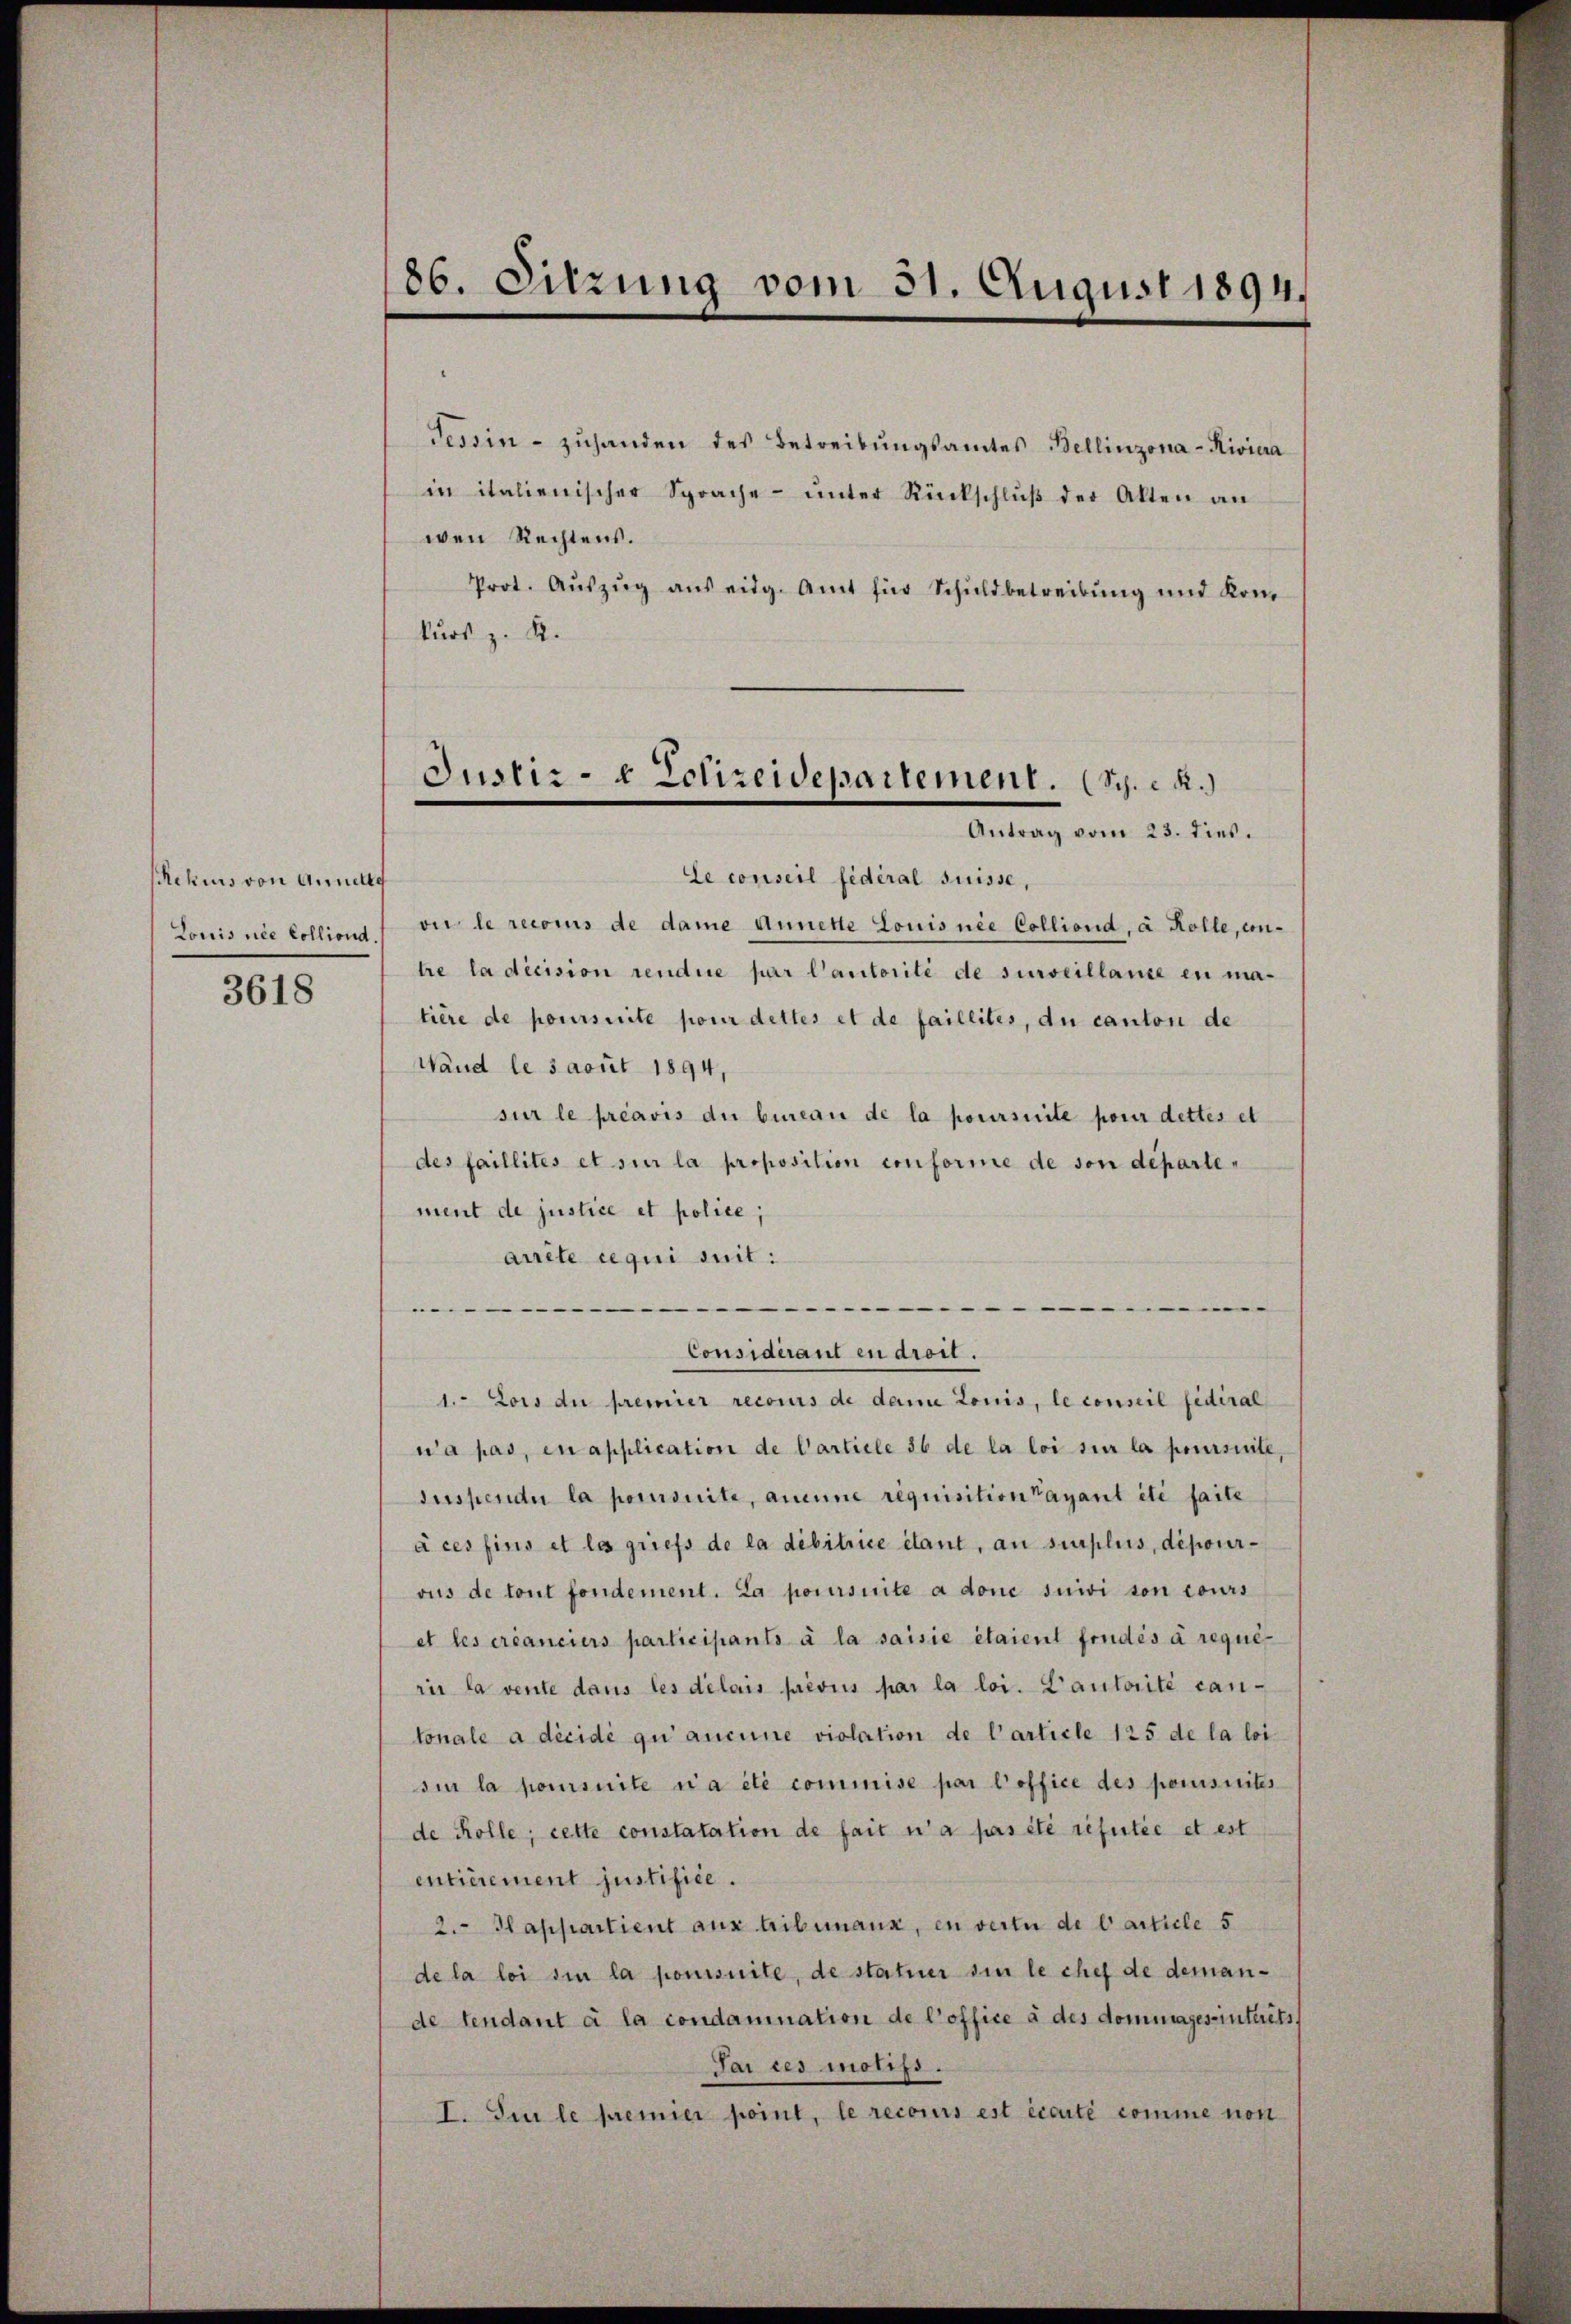
Rekurs von Annelle
Louis nie Colliond.

3618

86. Sitzung vom 31. August 1894.

Tessin - zuhanden des Betreibungsamtes Bellinzona - Riviera
in italienischer Sprache ŭnter Rückschlŭβ der Alten an
wen Rechtens.
Prot. Aŭszŭg aŭs eidg. Amt für Schuldbetreibŭng und Kom
kurs z. B.

Le conseil fédéral suisse,
oi le reconus de dame Annette Louis nie Colliond, a Kolle, con-
tre la décision rendire par l’autorité de surveillaire en ma-
tière de poursuite pour dettes et de faillites, du canton de
Wand le sacuit 1894,
sur le préavis du bureau de la poursuite pour dettes et
des faillités et sur la proposition conforme de son departement de justice et police,
arrête requi suit:
.
Considérant en droit.
1. Lois du premier recours de damne Louis, le conseil fédéral
na pas, in application de Carticle 36 de la loi sur la poursuite,
suspendi la poursuite, aucune requisition payant été faite
à ces fins et las griefs de la débitrice étant, an surplus, deponirvus de tout fondement. La poursuite a done suivi son cours
et les créanciers participants à la saisie étaient fondés à requi-
rir la vente dans les délais prévus par la loi. Lautorité can-
tonale a dicidi qui aucune violation de l’article 125 de la loisin la poursuite a été commise par l’office des pomisseites
de Kolle; cette constatation de fait n’a pas été réputée et est
enticrement justifice.
2. Happartient aus tribunaux, en verte de Carticle 5
de la loi sie la pomisuite, de statuer sie le chef de demande tendant à la condamnation de l’office à des dommages interets
Jai ces motifs.
I. Si le premier point, le recours est écarté comme non

Justiz- & Polizeidepartement. (Sch. R.)
Antrag vom 23. dies.